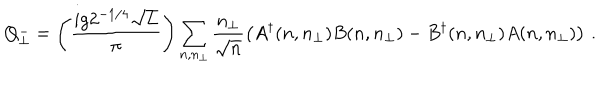
Q _ { \perp } ^ { - } = \left( \frac { i g 2 ^ { - 1 / 4 } \sqrt { L } } { \pi } \right) \sum _ { n , n _ { \perp } } \frac { n _ { \perp } } { \sqrt { n } } \left( A ^ { \dagger } ( n , n _ { \perp } ) B ( n , n _ { \perp } ) - B ^ { \dagger } ( n , n _ { \perp } ) A ( n , n _ { \perp } ) \right) \, .